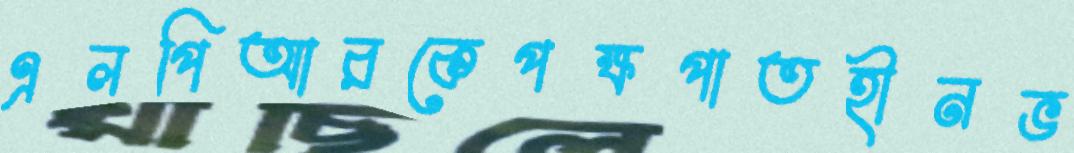
এলপিআরকেপক্ষপাতহীনভ